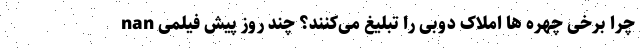
nan چرا برخی چهره‌ ها املاک دوبی را تبلیغ می‌کنند؟ چند روز پیش فیلمی